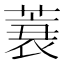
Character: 𰱪